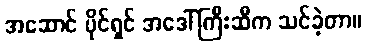
အဆောင် ပိုင်ရှင် အဒေါ်ကြီးဆီက သင်ခဲ့တာ။